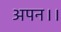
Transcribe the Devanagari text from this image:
अपन।।